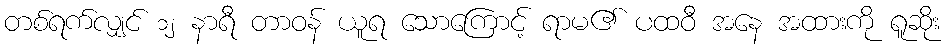
တစ်ရက်လျှင် ၁၂ နာရီ တာဝန် ယူရ သောကြောင့် ရာမ၏ ပထဝီ အနေ အထားကို ရူဆိုး